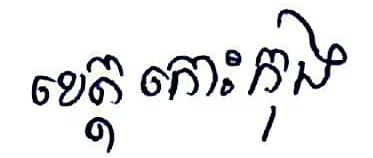
ខេត្តកោះកុង